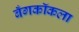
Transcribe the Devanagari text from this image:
बँगकॉकला